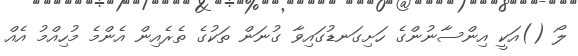
ލޯ ()އަކީ އިންސާނުންގެ ހަށިގަނޑުގައިވާ ގުނަން ތަކުގެ ތެރެއިން އެންމެ މުހިއްމު އެއް